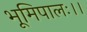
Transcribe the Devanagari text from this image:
भूमिपालः।।